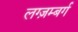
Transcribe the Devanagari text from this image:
लग्ज़म्बर्ग